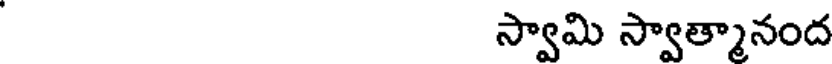
స్వామి స్వాత్మానంద